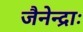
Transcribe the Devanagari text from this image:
जैनेन्द्राः